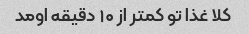
کلا غذا تو کمتر از ۱۰ دقیقه اومد